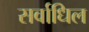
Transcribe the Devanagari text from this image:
सर्वाधिल